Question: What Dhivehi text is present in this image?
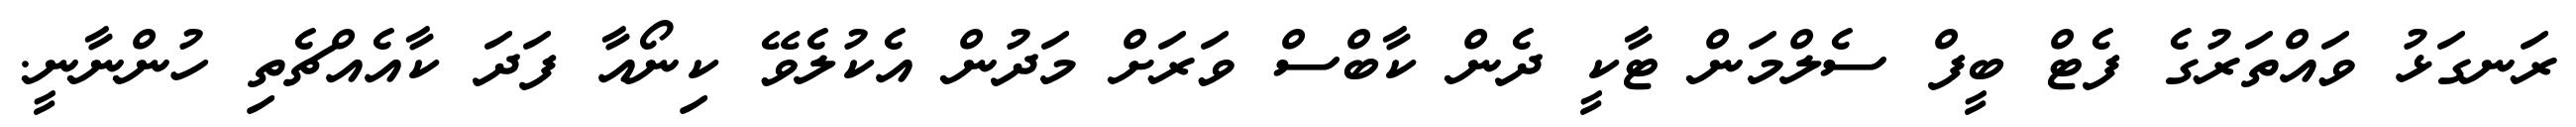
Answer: ރަނގަޅު ވައްތަރުގެ ފެޓް ބީފް ސެލްމަން ޓާކީ ދެން ކާބްސް ވަރަށް މަދުން އެކުލެވޭ ކިނޯއާ ފަދަ ކާއެއްޗެތި ހުންނާނީ.